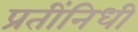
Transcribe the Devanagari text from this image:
प्रतींनिधी